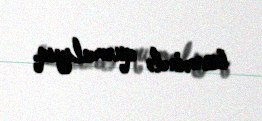
üzərində qurmalıyıq.